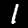
Label: 1